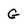
Character: G